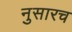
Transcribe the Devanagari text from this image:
नुसारच